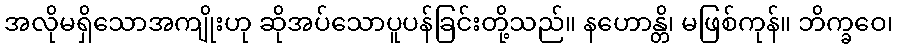
အလိုမရှိသောအကျိုးဟု ဆိုအပ်သောပူပန်ခြင်းတို့သည်။ နဟောန္တိ၊ မဖြစ်ကုန်။ ဘိက္ခဝေ၊